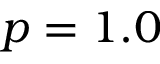
p = 1 . 0